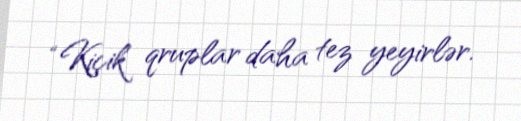
“Kiçik qruplar daha tez yeyirlər.